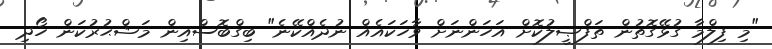
"މި ފިލްމާ ގުޅޭގޮތުން ތަފްޞީލުކޮށް އަހަންނަށް ވާހަކައެއް ނުދެއްކޭނެ" ބިގްބޮސްއިން މަޝްޙުރުކަން ހޯދި